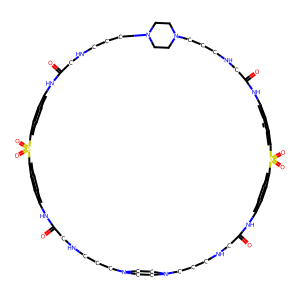
SMILES: O=C1CNCCCN2CCN(CCCNCC(=O)Nc3ccc(cc3)S(=O)(=O)c3ccc(cc3)NC(=O)CNCCCN3CCN(CCCNCC(=O)Nc4ccc(cc4)S(=O)(=O)c4ccc(cc4)N1)CC3)CC2
Inhibits HIV replication: No